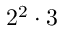
2 ^ { 2 } \cdot 3